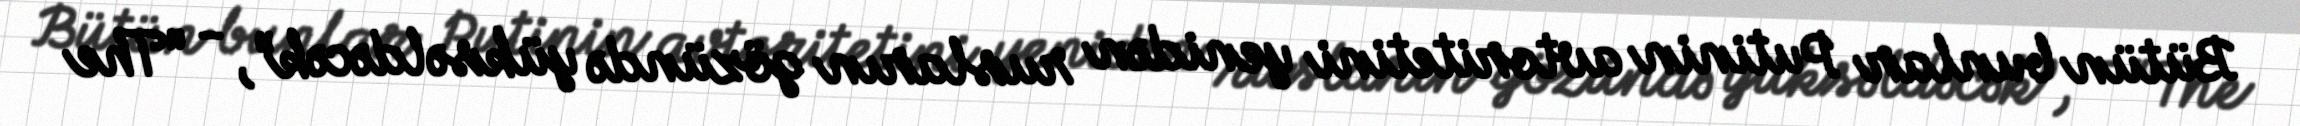
Bütün bunlar Putinin avtoritetini yenidən rusların gözündə yüksəldəcək”, - “The